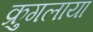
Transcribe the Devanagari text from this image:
क्रुगलाया